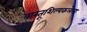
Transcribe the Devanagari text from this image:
वास्तूशिल्पकलेला